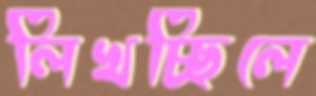
লিখচ্ছিলে